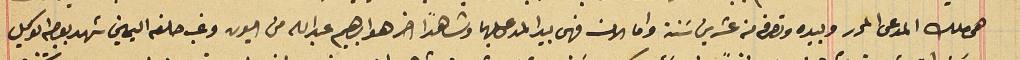
هي ملك المدعى المحرر وبيده وتصرفه من عشرين سَنة واما الان فهى بيد المدعى عليهما وشاهداً اخر هو ابراهيم عبدالله من اميون وغب حلفه اليمين شهد بوصيه الوكيل